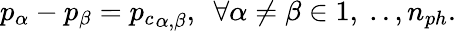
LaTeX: p_{\alpha}-p_{\beta}={p_{c}}_{\alpha,\beta},\ \ \forall\alpha\neq\beta\in{1,\ ..,n_{ph}}.